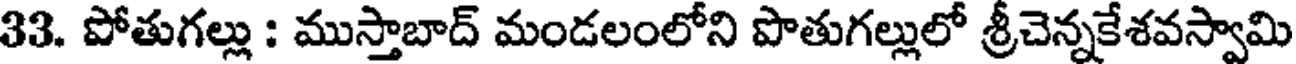
33. పోతుగల్లు : ముస్తాబాద్ మండలంలోని పొతుగల్లులో శ్రీచెన్నకేశవస్వామి